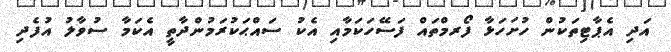
އަދި އެޕާޓިތަކުން ހުށަހަޅާ ފޯރމްތައް ފަސޭހަކަމާއި އެކު ސައްޙަކުރަމުންދާތީ އެކަމާ ސުވާލު އުފެދި